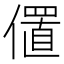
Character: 𫣧